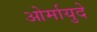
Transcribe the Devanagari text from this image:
ओर्मायुदे